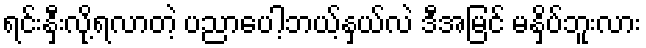
ရင်းနှီးလို့ရလာတဲ့ ပညာပေါ့ဘယ့်နှယ်လဲ ဒီအမြင် မနှိပ်ဘူးလား